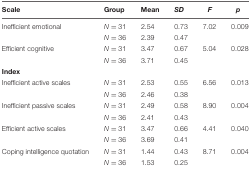
| Scale | Group | Mean | SD | F | p |
 | --- | --- | --- | --- | --- | --- |
 | Inefficient emotional | N = 31 | 2.54 | 0.73 | 7.02 | 0.009 |
 |  | N = 36 | 2.39 | 0.47 |  |  |
 | Efficient cognitive | N = 31 | 3.47 | 0.67 | 5.04 | 0.028 |
 |  | N = 36 | 3.71 | 0.45 |  |  |
 | Index |  |  |  |  |  |
 | Inefficient active scales | N = 31 | 2.53 | 0.55 | 6.56 | 0.013 |
 |  | N = 36 | 2.46 | 0.38 |  |  |
 | Inefficient passive scales | N = 31 | 2.49 | 0.58 | 8.90 | 0.004 |
 |  | N = 36 | 2.41 | 0.43 |  |  |
 | Efficient active scales | N = 31 | 3.47 | 0.66 | 4.41 | 0.040 |
 |  | N = 36 | 3.69 | 0.41 |  |  |
 | Coping intelligence quotation | N = 31 | 1.44 | 0.43 | 8.71 | 0.004 |
 |  | N = 36 | 1.53 | 0.25 |  |  |